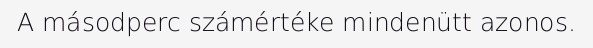
A másodperc számértéke mindenütt azonos.